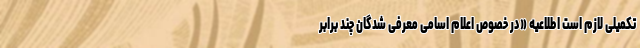
تکمیلی لازم است اطلاعیه «در خصوص اعلام اسامی معرفی شدگان چند برابر